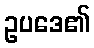
ဥပဒေ၏